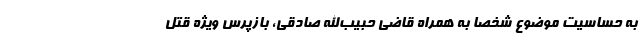
به حساسیت موضوع شخصا به همراه قاضی حبیب‌الله صادقی، بازپرس ویژه قتل